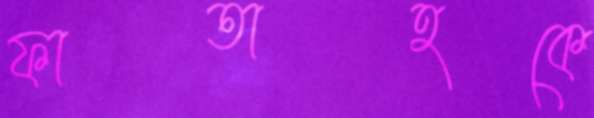
ফাতাহকে